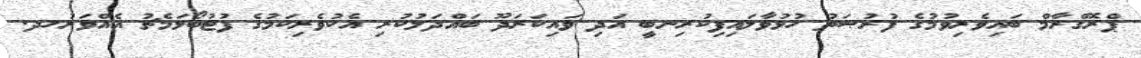
ޕްރޮގްރާމް ބައިވެރިވުމުގެ ފުރުޞަތު ހުޅުވާލައިފިކުރިނބީ އަދި ވައިކަރަދޫ ބައްދަލުކުރި އެކުވެރިކަމުގެ ފުޓުބޯޅަމެޗު އެއްވަރުހދ.